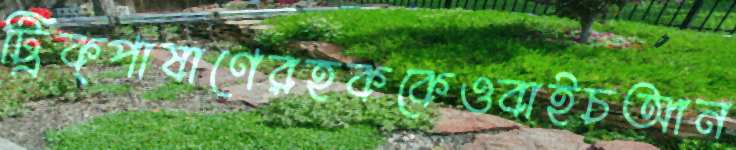
ট্রিক্পাষাণেরহককেওবাইচআন